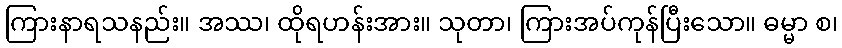
ကြားနာရသနည်း။ အဿ၊ ထိုရဟန်းအား။ သုတာ၊ ကြားအပ်ကုန်ပြီးသော။ ဓမ္မာ စ၊